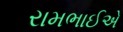
રામભાઈએ